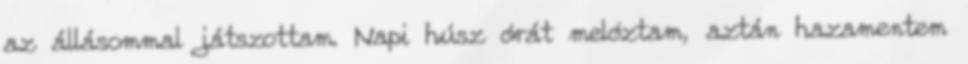
az állásommal játszottam. Napi húsz órát melóztam, aztán hazamentem